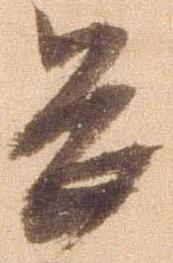
畏